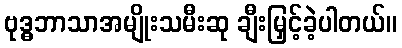
ဗုဒ္ဓဘာသာအမျိုးသမီးဆု ချီးမြှင့်ခဲ့ပါတယ်။